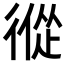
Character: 𢕇